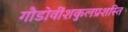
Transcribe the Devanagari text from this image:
गौडोवींशकुलप्रशस्ति